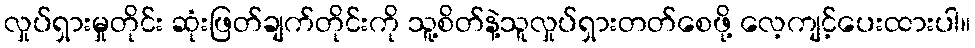
လှုပ်ရှားမှုတိုင်း ဆုံးဖြတ်ချက်တိုင်းကို သူ့စိတ်နဲ့သူလှုပ်ရှားတတ်စေဖို့ လေ့ကျင့်ပေးထားပါ။